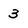
Character: 3